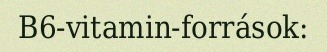
B6-vitamin-források: